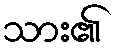
သား၏